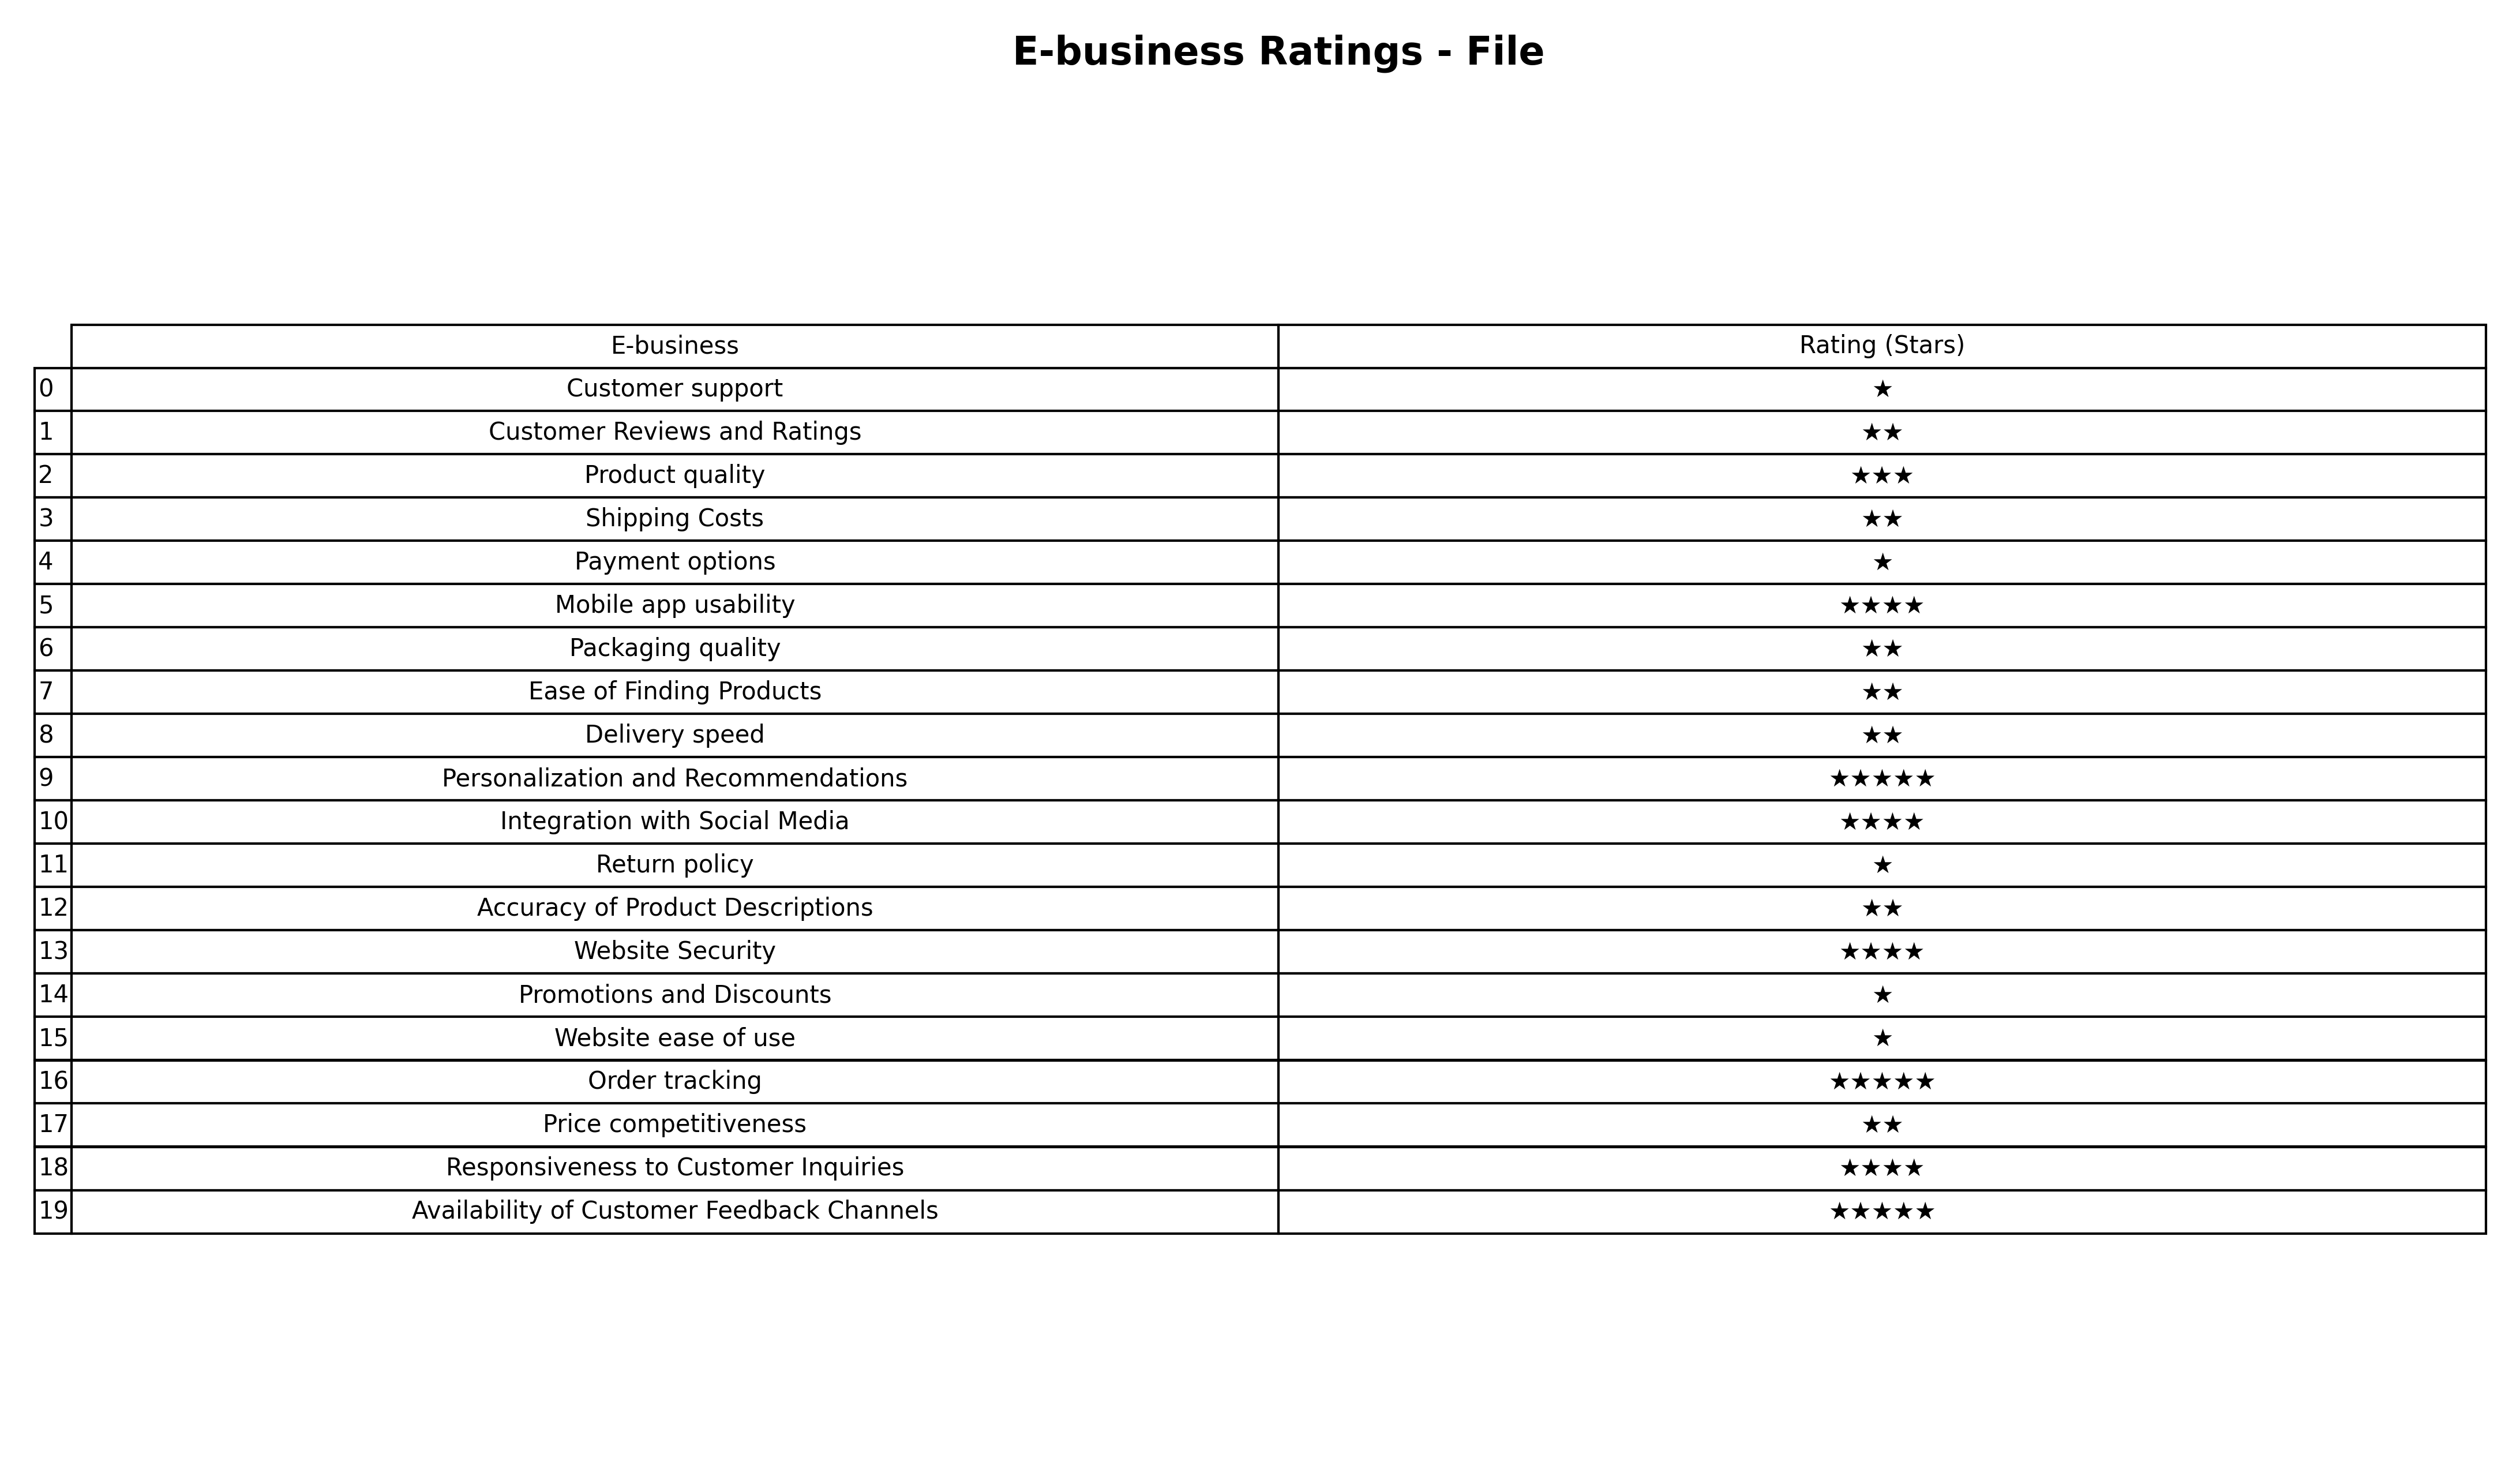
question: What is the rating of Packaging quality?
answer: ★★